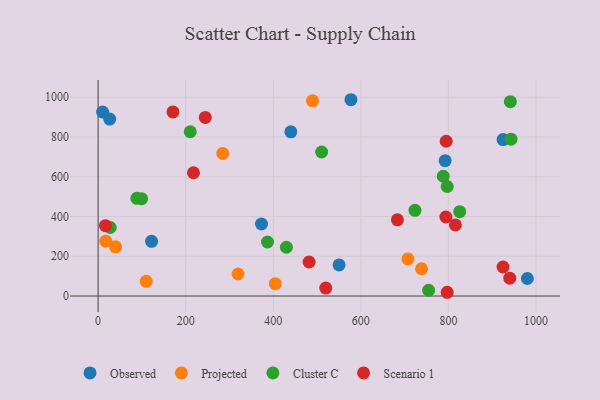
{"axis": {"x": "Experience", "y": "Rating"}, "legend": ["Cluster C", "Observed", "Projected", "Scenario 1"], "data": [{"x": "980.3", "y": 88.2, "type": "Observed"}, {"x": "577.4", "y": 987.1, "type": "Observed"}, {"x": "550.3", "y": 156.6, "type": "Observed"}, {"x": "10.3", "y": 925.4, "type": "Observed"}, {"x": "440.1", "y": 825.8, "type": "Observed"}, {"x": "924.7", "y": 786.7, "type": "Observed"}, {"x": "122.1", "y": 274.9, "type": "Observed"}, {"x": "792.5", "y": 680.7, "type": "Observed"}, {"x": "26.4", "y": 889.6, "type": "Observed"}, {"x": "373.1", "y": 362.1, "type": "Observed"}, {"x": "17.5", "y": 275.7, "type": "Projected"}, {"x": "319.6", "y": 110.7, "type": "Projected"}, {"x": "707.5", "y": 186.4, "type": "Projected"}, {"x": "39.8", "y": 247.4, "type": "Projected"}, {"x": "404.6", "y": 62.1, "type": "Projected"}, {"x": "109.8", "y": 74.0, "type": "Projected"}, {"x": "284.6", "y": 717.3, "type": "Projected"}, {"x": "738.6", "y": 137.2, "type": "Projected"}, {"x": "489.6", "y": 981.5, "type": "Projected"}, {"x": "510.5", "y": 724.2, "type": "Cluster C"}, {"x": "941.4", "y": 977.3, "type": "Cluster C"}, {"x": "430.0", "y": 245.4, "type": "Cluster C"}, {"x": "943.0", "y": 788.9, "type": "Cluster C"}, {"x": "210.4", "y": 826.0, "type": "Cluster C"}, {"x": "99.3", "y": 489.6, "type": "Cluster C"}, {"x": "797.3", "y": 550.7, "type": "Cluster C"}, {"x": "754.8", "y": 29.0, "type": "Cluster C"}, {"x": "788.2", "y": 602.2, "type": "Cluster C"}, {"x": "825.7", "y": 424.1, "type": "Cluster C"}, {"x": "386.9", "y": 271.8, "type": "Cluster C"}, {"x": "723.6", "y": 430.8, "type": "Cluster C"}, {"x": "88.5", "y": 491.2, "type": "Cluster C"}, {"x": "27.7", "y": 344.6, "type": "Cluster C"}, {"x": "794.9", "y": 778.4, "type": "Scenario 1"}, {"x": "481.8", "y": 171.1, "type": "Scenario 1"}, {"x": "797.2", "y": 18.9, "type": "Scenario 1"}, {"x": "794.2", "y": 397.5, "type": "Scenario 1"}, {"x": "815.9", "y": 357.6, "type": "Scenario 1"}, {"x": "170.9", "y": 925.7, "type": "Scenario 1"}, {"x": "683.5", "y": 383.2, "type": "Scenario 1"}, {"x": "244.7", "y": 897.9, "type": "Scenario 1"}, {"x": "519.8", "y": 40.0, "type": "Scenario 1"}, {"x": "924.7", "y": 146.0, "type": "Scenario 1"}, {"x": "16.7", "y": 353.7, "type": "Scenario 1"}, {"x": "940.1", "y": 90.0, "type": "Scenario 1"}, {"x": "217.8", "y": 620.0, "type": "Scenario 1"}]}